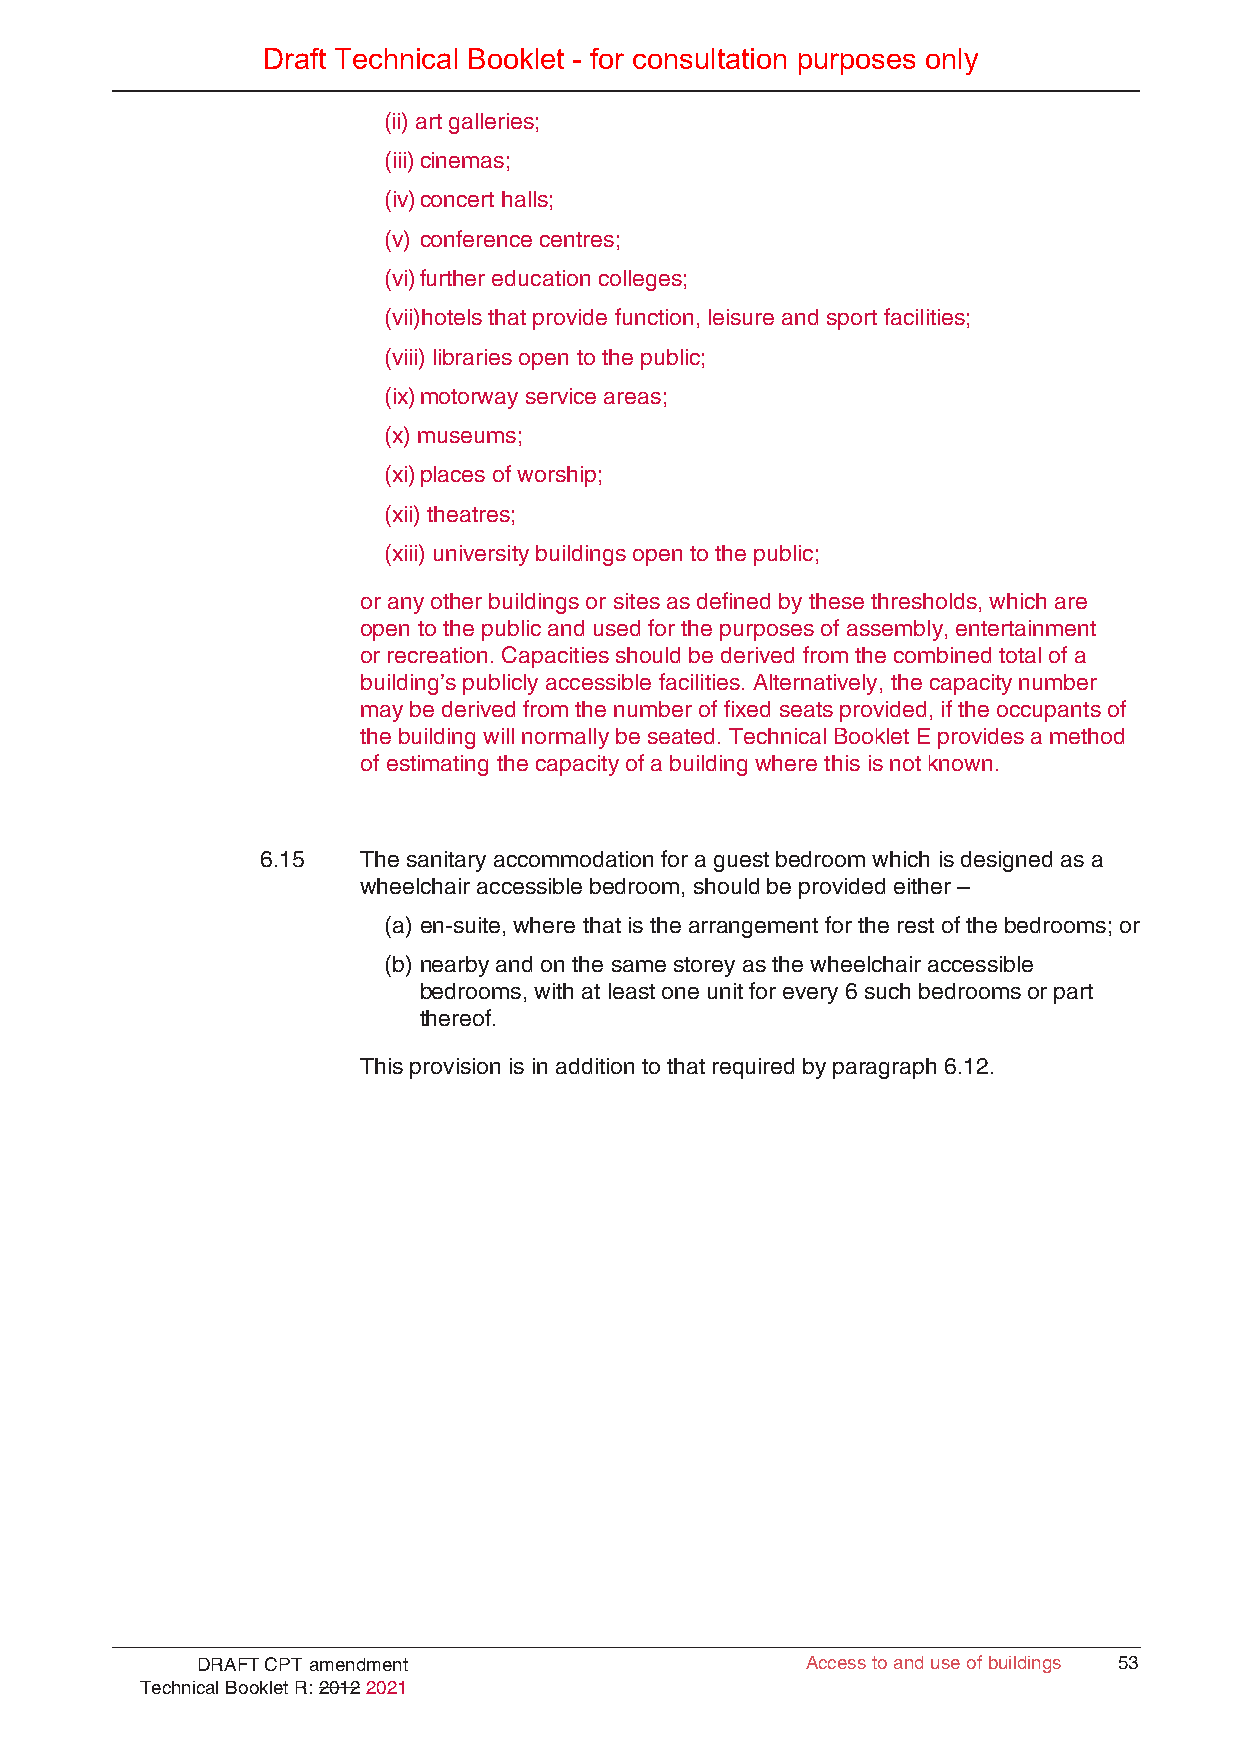
Draft Technical Booklet - for consultation purposes only
 (ii) art galleries;
 (iii) cinemas;
 (iv) concert halls;
 (v) conference centres;
 (vi) further education colleges;
 (vii)hotels that provide function, leisure and sport facilities;
 (viii) libraries open to the public;
 (ix) motorway service areas;
 (x) museums;
 (xi) places of worship;
 (xii) theatres;
 (xiii) university buildings open to the public;
 or any other buildings or sites as defined by these thresholds, which are
 open to the public and used for the purposes of assembly, entertainment
 or recreation. Capacities should be derived from the combined total of a
 building’s publicly accessible facilities. Alternatively, the capacity number
 may be derived from the number of fixed seats provided, if the occupants of
 the building will normally be seated. Technical Booklet E provides a method
 of estimating the capacity of a building where this is not known.
 6.15   The sanitary accommodation for a guest bedroom which is designed as a
 wheelchair accessible bedroom, should be provided either –
 (a) en-suite, where that is the arrangement for the rest of the bedrooms; or
 (b) nearby and on the same storey as the wheelchair accessible
 bedrooms, with at least one unit for every 6 such bedrooms or part
 thereof.
 This provision is in addition to that required by paragraph 6.12.
 DRAFT CPT amendment                     Access to and use of buildings 53
 Technical Booklet R: 2012 2021